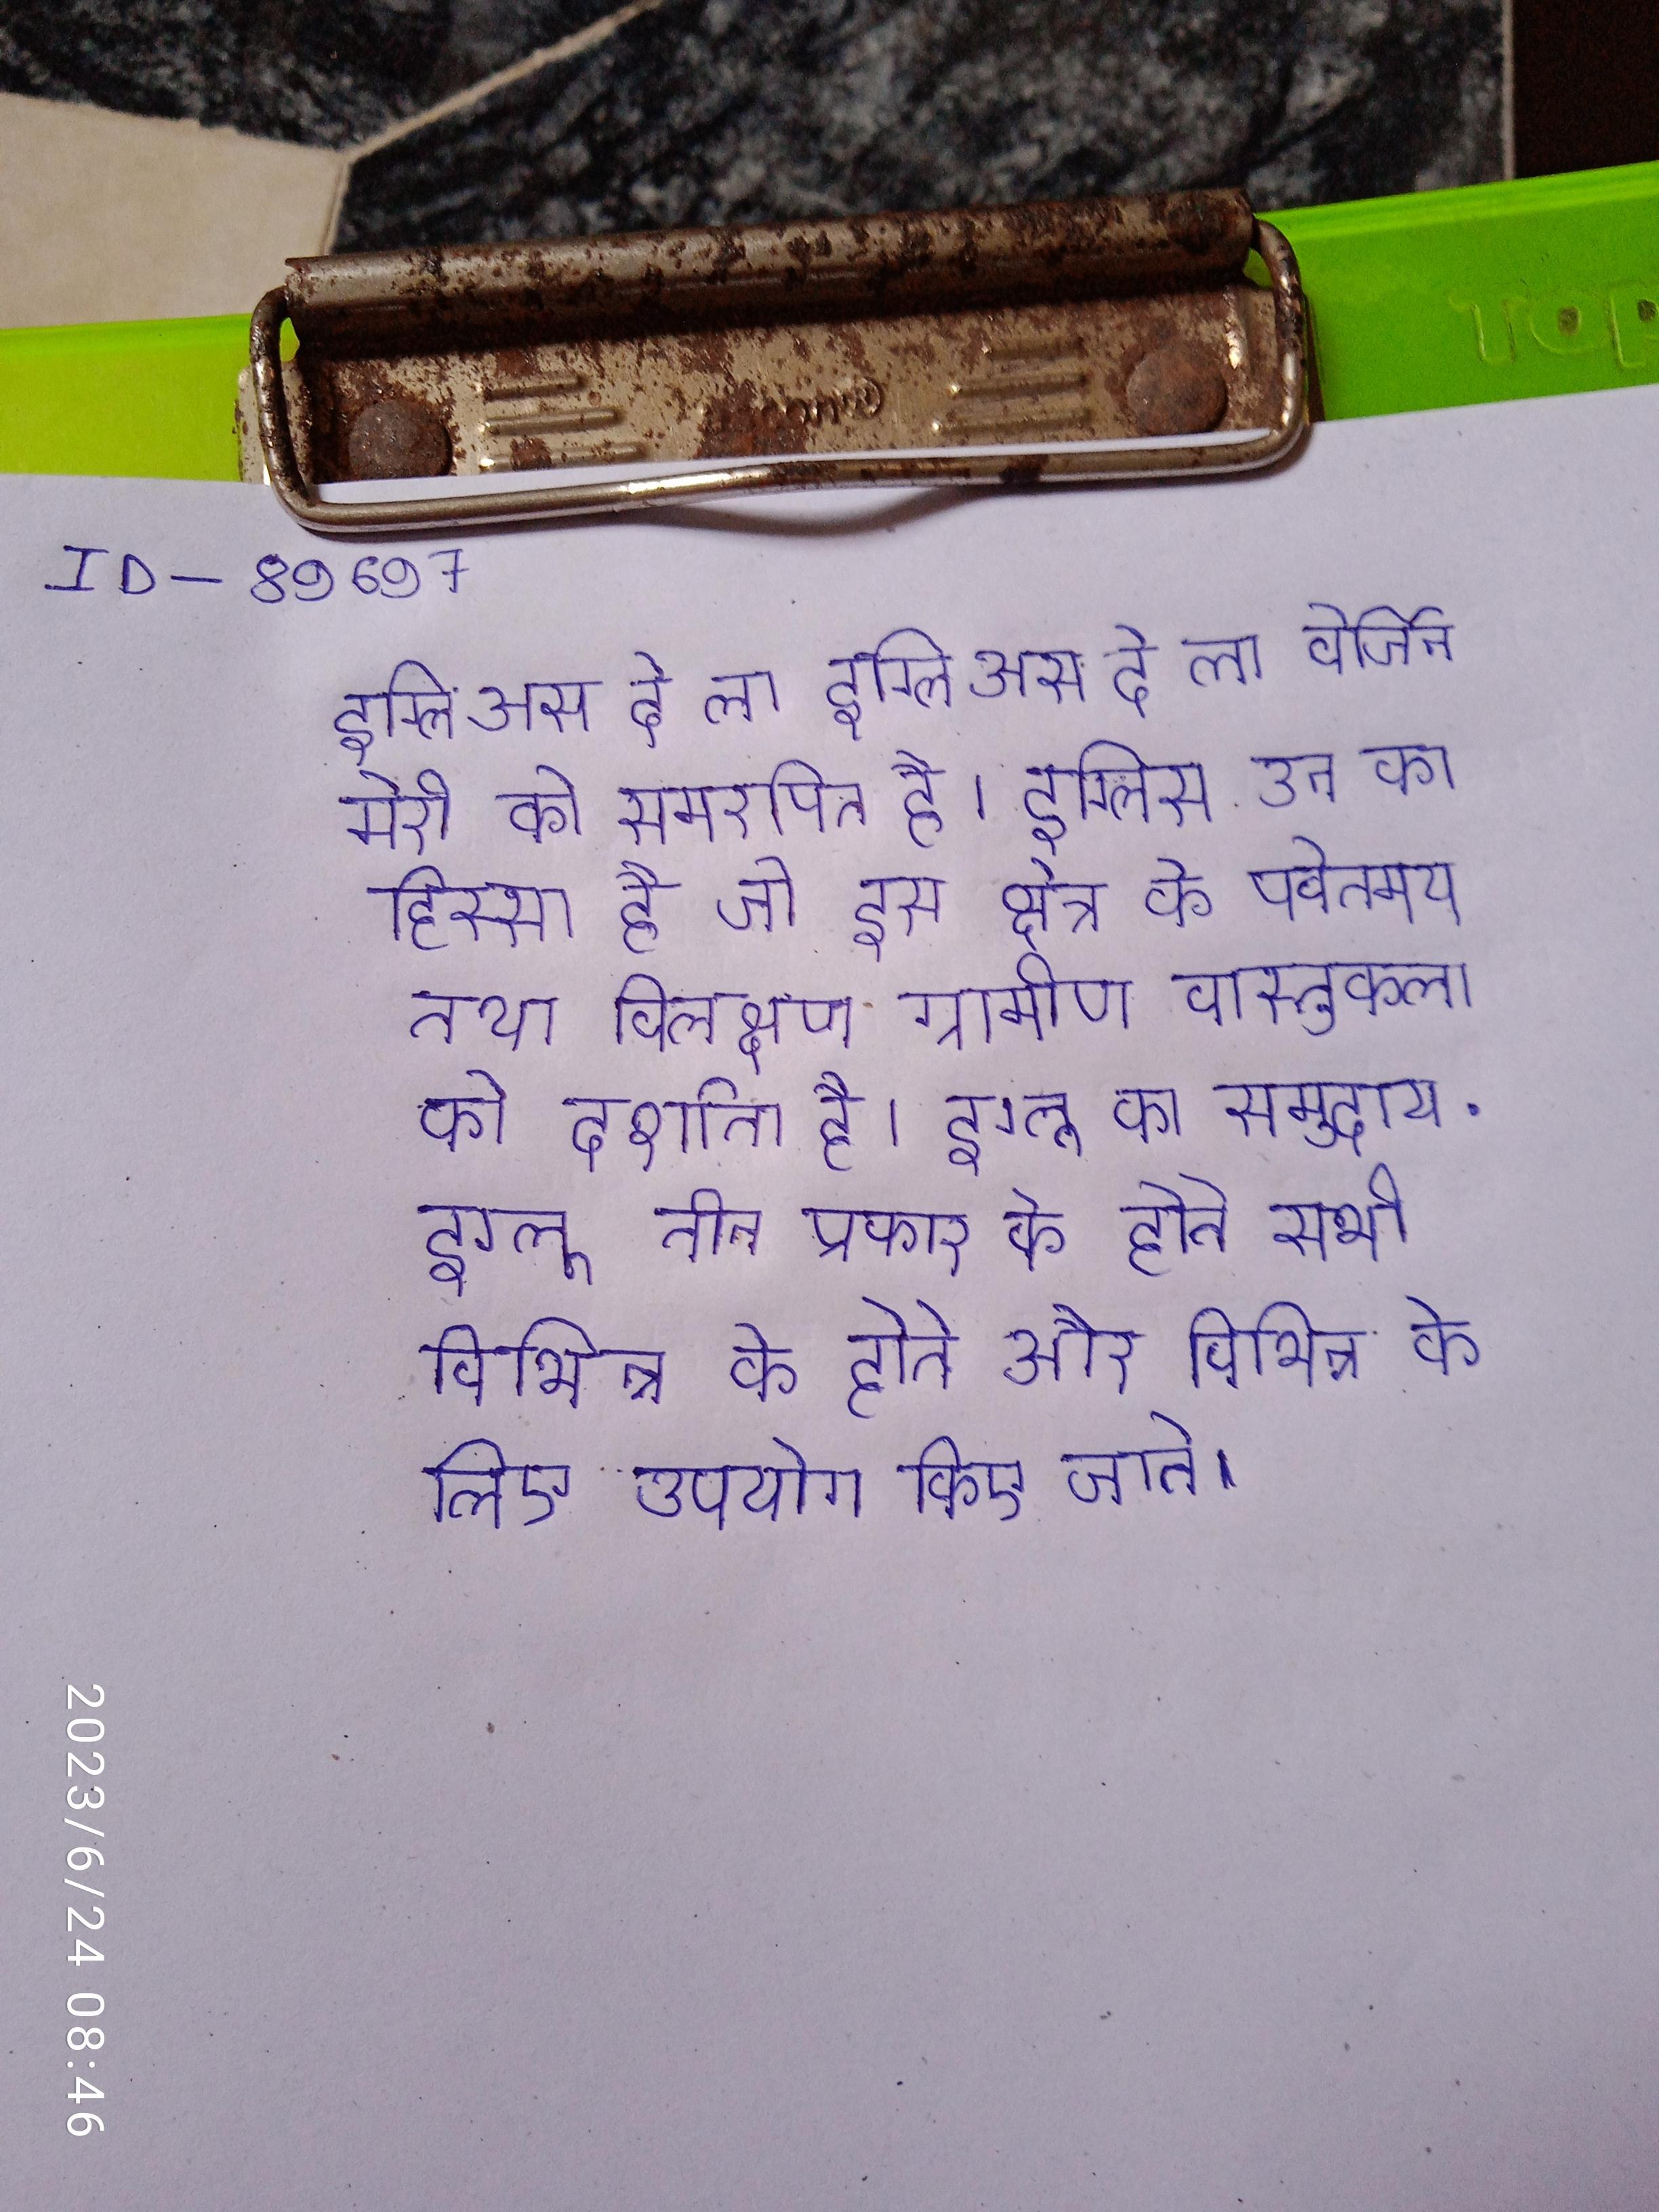
इग्लिअस दे ला इग्लिअस दे ला वेर्जिन मेरी को समरपित है । इग्लिस उन का हिस्सा है जो इस क्षेत्र के पर्वतमय तथा विलक्षण ग्रामीण वास्तुकला को दर्शाता है । इग्लू का समुदाय . इग्लू तीन प्रकार के होते सभी विभिन्न के होते और विभिन्न के लिए उपयोग किए जाते ।